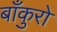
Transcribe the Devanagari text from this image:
बाँकुरो